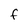
Character: F